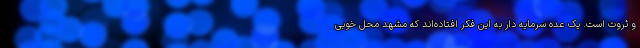
و ثروت است. یک عده سرمایه دار به این فکر افتاده‌اند که مشهد محل خوبی